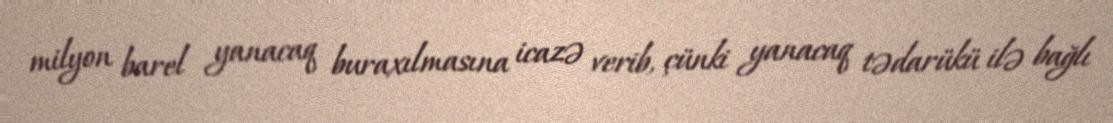
milyon barel yanacaq buraxılmasına icazə verib, çünki yanacaq tədarükü ilə bağlı